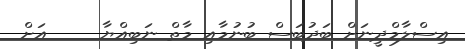
އިސްލާމްދީނަށް ބަދުބަސް ބުނުމާއި މާތް ނަބިއްޔާ     އަށް